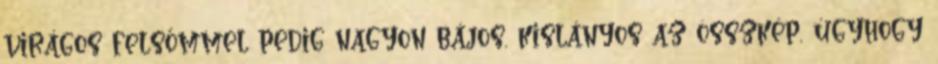
virágos felsőmmel pedig nagyon bájos, kislányos az összkép, úgyhogy